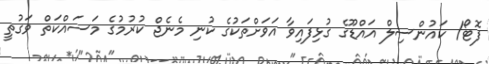
ފޮޓޯ/ ކައުންސިލް އައްޑޫގެ ގުޅިފައިވާ އަވަށްތަކުގެ ކުނި މެނެޖް ކުރުމުގެ މަސައްކަތް ވަގުތީ